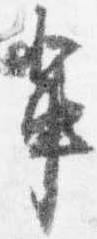
輩